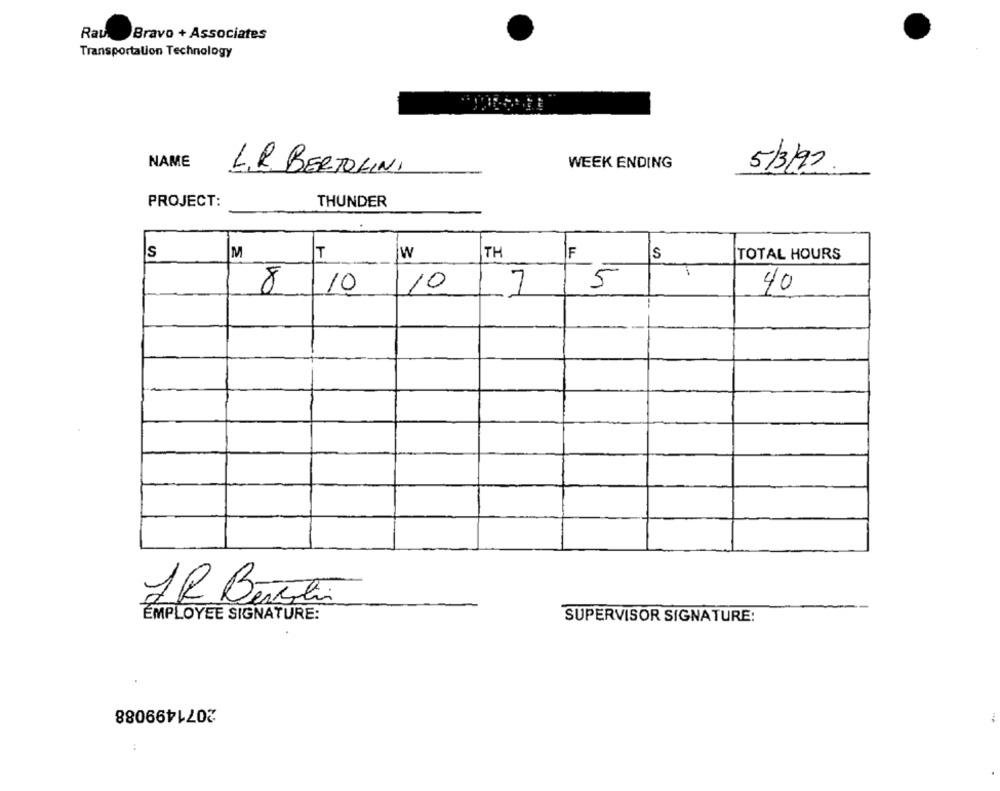
Rav
Bravo + Associates
Transportation Technology
NAME
WEEK ENDING
L.R. BERTOLINI
5/3/92
PROJECT:
THUNDER
TH
F
Is
T
w
S
TOTAL HOURS
5
8/10
10
40
M
JR Bereiti
EMPLOYEE SIGNATURE:
SUPERVISOR SIGNATURE:
2071499088